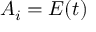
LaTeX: A _ { i } = E ( t )